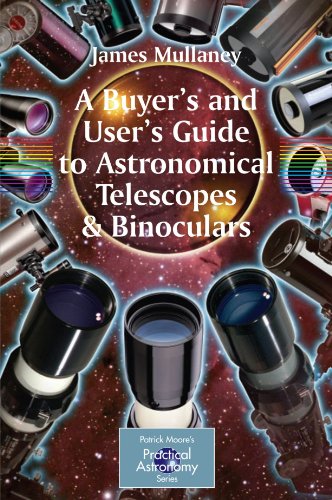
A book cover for A Buyer's and User's Guide to Astronomical Telescopes & Binoculars (The Patrick Moore Practical Astronomy Series); James Mullaney; Science & Math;